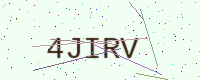
Text: 4JIRV